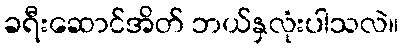
ခရီးဆောင်အိတ် ဘယ်နှလုံးပါသလဲ။